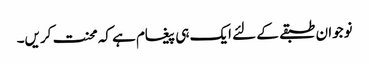
نوجوان طبقے کے لئے ایک ہی پیغام ہے کہ محنت کریں۔